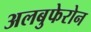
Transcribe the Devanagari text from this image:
अलबुफेरोन